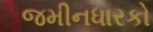
જમીનધારકો